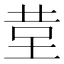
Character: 𮎹